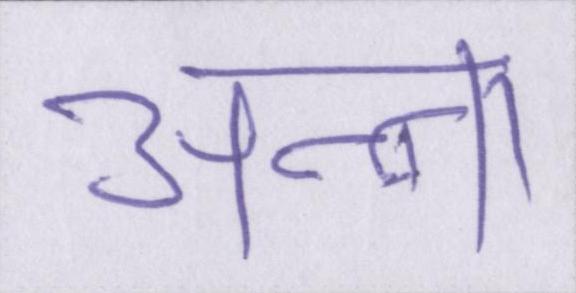
अन्ना